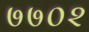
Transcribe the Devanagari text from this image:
७७०२